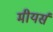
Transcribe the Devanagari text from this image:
मीयर्स